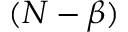
( N - \beta )